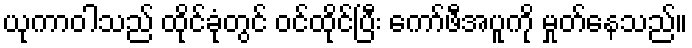
ယုကာဝါသည် ထိုင်ခုံတွင် ဝင်ထိုင်ပြီး ကော်ဖီအပူကို မှုတ်နေသည်။